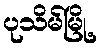
ပုသိမ်မြို့